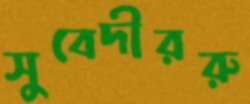
সুবেদীররু